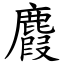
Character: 麚